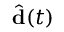
\hat { \mathbf { d } } ( t )